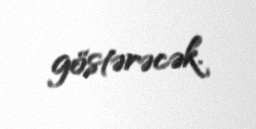
göstərəcək.